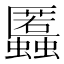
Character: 䘌